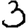
Digit: 3